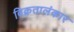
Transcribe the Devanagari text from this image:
विक्रतालंकार